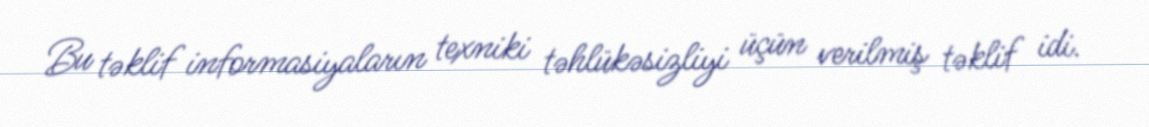
Bu təklif informasiyaların texniki təhlükəsizliyi üçün verilmiş təklif idi.